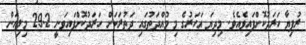
ރުފިޔާ ހަރަދުކޮށްފައިވެއެވެ. މިދިޔަ އަހަރުގެ މި މުއްދަތުގައި ދަތުރަކަށް ހަރަދުކޮށްފައިވަނީ 29.2 މިލިއަން